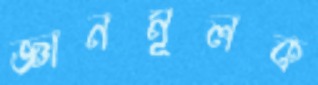
জ্ঞানমূলক